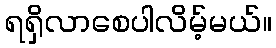
ရရှိလာစေပါလိမ့်မယ်။